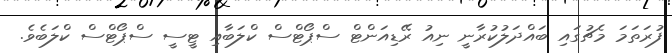
ފުރަތަމަ މެޗުގައި ބައްދަލުކުރާނީ ނިއު ރޭޑިއަންޓް ސްޕޯޓްސް ކްލަބާއި ޓީސީ ސްޕޯޓްސް ކްލަބެވެ.